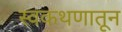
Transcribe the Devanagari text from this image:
स्वकथणातून